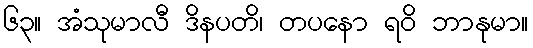
၆၃။ အံသုမာလီ ဒိနပတိ၊ တပနော ရဝိ ဘာနုမာ။